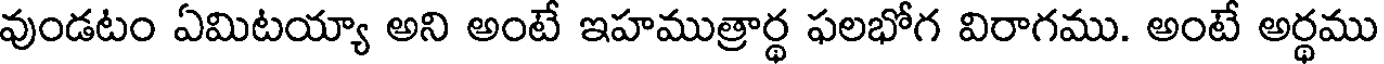
వుండటం ఏమిటయ్యా అని అంటే ఇహముత్రార్థ ఫలభోగ విరాగము. అంటే అర్థము